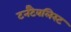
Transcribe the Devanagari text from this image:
टर्नटैबलिस्ट